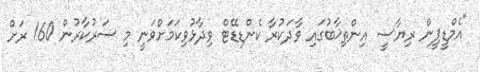
"އެމްޑީޕީން ރިޔާސީ އިންތިޚާބުގައި ވާދަކުރާ ކެންޑިޑޭޓް ވިދާޅުވިކަމަށްވަނީ މި ސަރުކާރުން 160 ރަށް